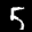
Digit: 5